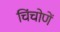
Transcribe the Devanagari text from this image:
चिंचोणें